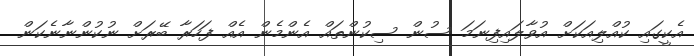
އެކީގައި ކުއްލިއަކަށް އުވާލައިފިނަމަ ސުން ސިކުންތައް އެންމެން އެއް ފަހަރާ ބޭރަށް ނުކުންނާނެކަން